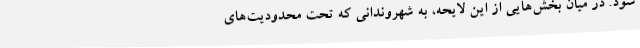
شود. در میان بخش‌هایی از این لایحه، به شهروندانی که تحت محدودیت‌های